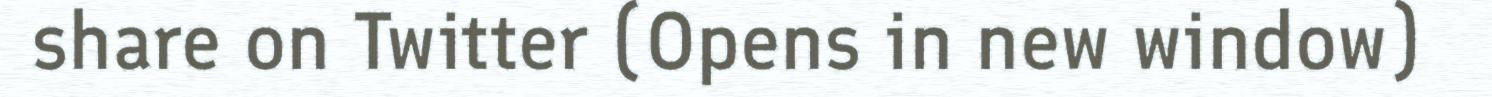
share on Twitter (Opens in new window)